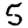
Digit: 5